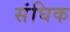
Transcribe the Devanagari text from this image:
संघिक